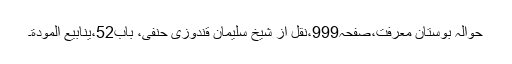
حوالہ بوستانِ معرفت،صفحہ999،نقل از شیخ سلیمان قندوزی حنفی، باب52،ینابیع المودة۔